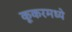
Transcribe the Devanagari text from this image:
कूकरमध्ये